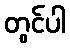
တွင်ပါ